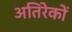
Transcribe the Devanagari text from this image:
अतिरेकों